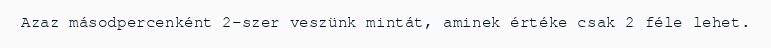
Azaz másodpercenként 2-szer veszünk mintát, aminek értéke csak 2 féle lehet.